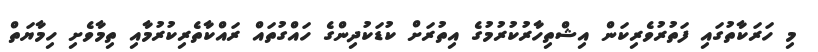
މި ހަރަކާތުގައި ފަތުރުވެރިކަން އިޝްތިހާރުކުރުމުގެ އިތުރަށް ކުޑަކުދިންގެ ހައްގުތައް ރައްކާތެރިކުރުމާއި ތިމާވެށި ހިމާޔަތް